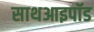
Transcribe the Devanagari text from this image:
साथआइपॉड